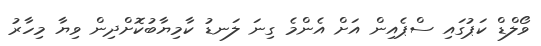
ވޯލްޑް ކަޕުގައި ސްޕެއިން އަށް އެންމެ ގިނަ ލަނޑު ކާމިޔާބުކޮށްދިން ވިޔާ މިހާރު